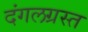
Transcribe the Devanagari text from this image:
दंगलग्रस्त